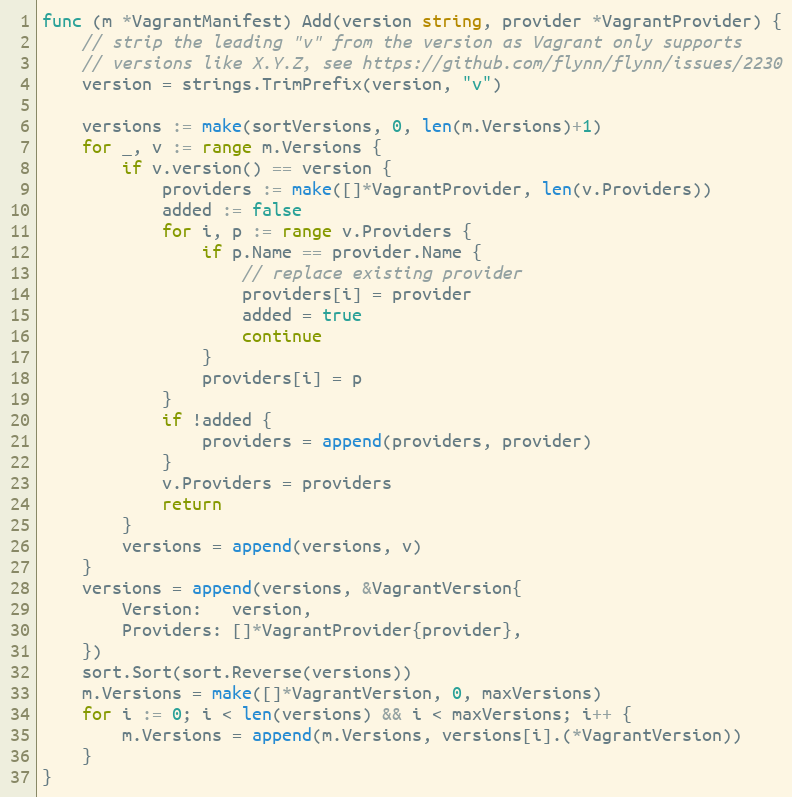
Language: Go
func (m *VagrantManifest) Add(version string, provider *VagrantProvider) {
	// strip the leading "v" from the version as Vagrant only supports
	// versions like X.Y.Z, see https://github.com/flynn/flynn/issues/2230
	version = strings.TrimPrefix(version, "v")

	versions := make(sortVersions, 0, len(m.Versions)+1)
	for _, v := range m.Versions {
		if v.version() == version {
			providers := make([]*VagrantProvider, len(v.Providers))
			added := false
			for i, p := range v.Providers {
				if p.Name == provider.Name {
					// replace existing provider
					providers[i] = provider
					added = true
					continue
				}
				providers[i] = p
			}
			if !added {
				providers = append(providers, provider)
			}
			v.Providers = providers
			return
		}
		versions = append(versions, v)
	}
	versions = append(versions, &VagrantVersion{
		Version:   version,
		Providers: []*VagrantProvider{provider},
	})
	sort.Sort(sort.Reverse(versions))
	m.Versions = make([]*VagrantVersion, 0, maxVersions)
	for i := 0; i < len(versions) && i < maxVersions; i++ {
		m.Versions = append(m.Versions, versions[i].(*VagrantVersion))
	}
}